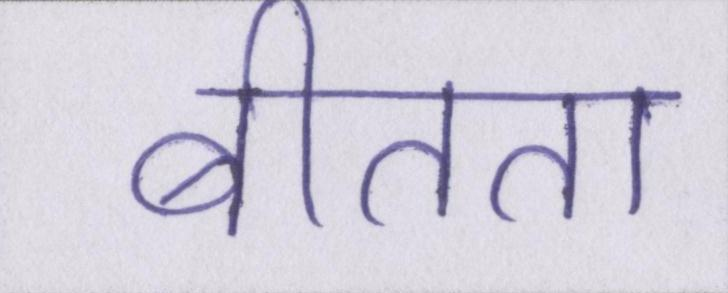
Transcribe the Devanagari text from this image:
बीतता